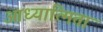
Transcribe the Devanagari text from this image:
आध्यात्मिता